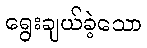
ရွေးချယ်ခဲ့သော